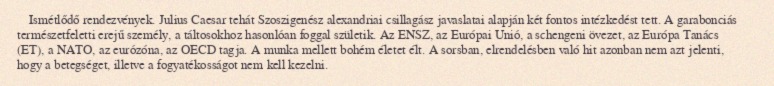
Ismétlődő rendezvények. Julius Caesar tehát Szoszigenész alexandriai csillagász javaslatai alapján két fontos intézkedést tett. A garabonciás természetfeletti erejű személy, a táltosokhoz hasonlóan foggal születik. Az ENSZ, az Európai Unió, a schengeni övezet, az Európa Tanács (ET), a NATO, az eurózóna, az OECD tagja. A munka mellett bohém életet élt. A sorsban, elrendelésben való hit azonban nem azt jelenti, hogy a betegséget, illetve a fogyatékosságot nem kell kezelni.